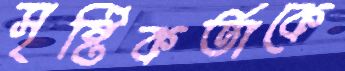
সৃষ্টিকর্তাকে